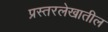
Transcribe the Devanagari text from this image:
प्रस्तरलेखातील